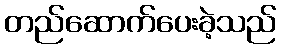
တည်ဆောက်ပေးခဲ့သည်